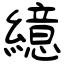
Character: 繶